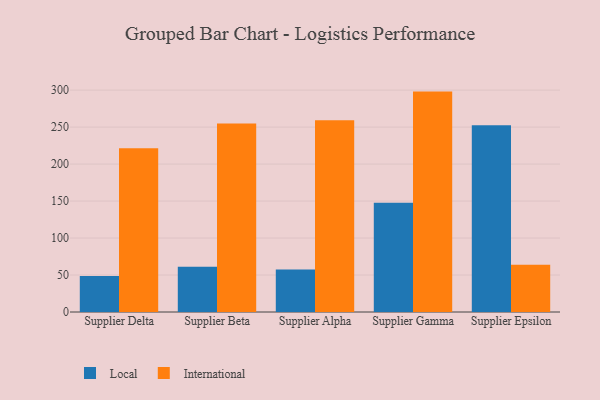
{"axis": {"x": "Supplier", "y": "Temperature (°C)"}, "legend": ["International", "Local"], "data": [{"x": "Supplier Delta", "y": 48.6, "type": "Local"}, {"x": "Supplier Delta", "y": 221.4, "type": "International"}, {"x": "Supplier Beta", "y": 61.3, "type": "Local"}, {"x": "Supplier Beta", "y": 254.8, "type": "International"}, {"x": "Supplier Alpha", "y": 57.4, "type": "Local"}, {"x": "Supplier Alpha", "y": 259.4, "type": "International"}, {"x": "Supplier Gamma", "y": 147.8, "type": "Local"}, {"x": "Supplier Gamma", "y": 298.0, "type": "International"}, {"x": "Supplier Epsilon", "y": 252.6, "type": "Local"}, {"x": "Supplier Epsilon", "y": 64.0, "type": "International"}]}